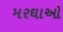
મરઘાઓ